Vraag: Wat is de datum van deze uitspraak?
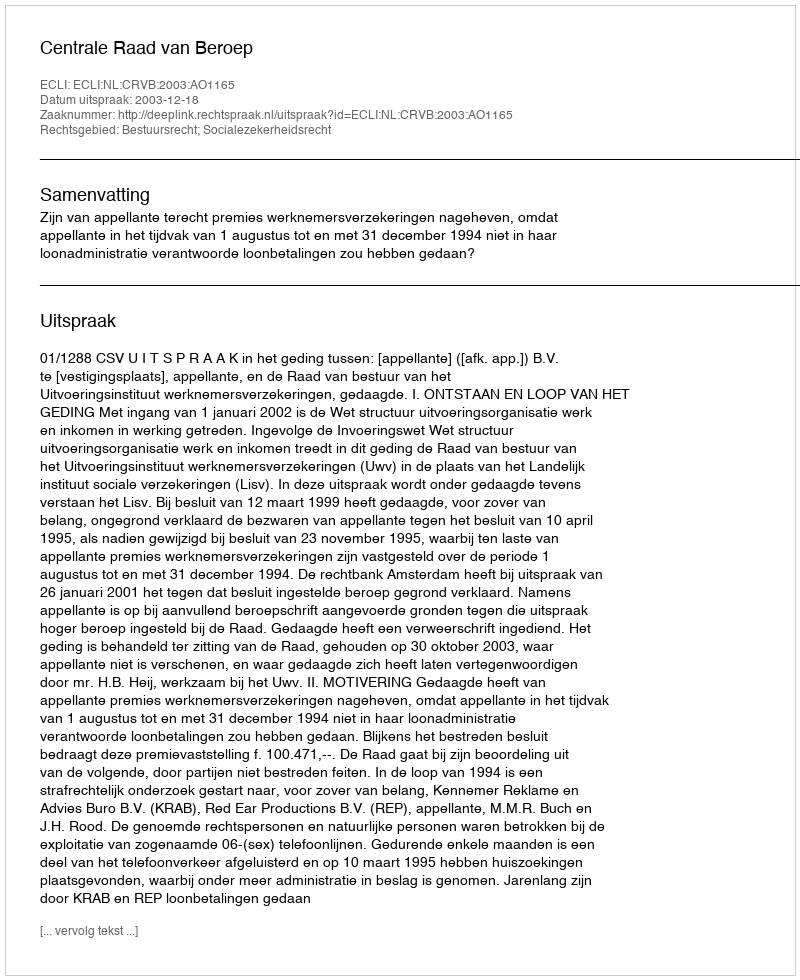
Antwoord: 2003-12-18